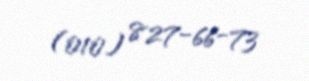
(010) 827-66-73